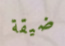
ضيقة